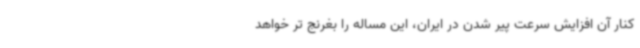
کنار آن افزایش سرعت پیر شدن در ایران، این مساله را بغرنج تر خواهد